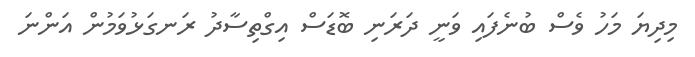
މިދިޔަ މަހު ވެސް ބުނެފައި ވަނީ ދަރަނި ބޮޑަސް އިގްތިސާދު ރަނގަޅުވަމުން އަންނަ